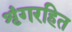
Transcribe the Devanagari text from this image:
शृंगरहित